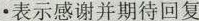
•表示感谢并期待回复